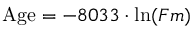
{ \mathrm { A g e } } = - 8 0 3 3 \cdot \ln ( F m )